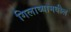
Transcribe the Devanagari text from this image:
गिलाव्यामधील